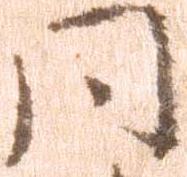
同